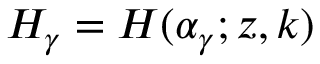
H _ { \gamma } = H ( \alpha _ { \gamma } ; z , k )